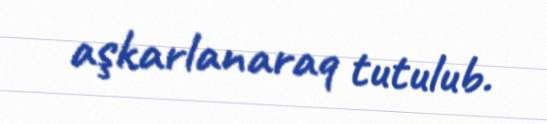
aşkarlanaraq tutulub.